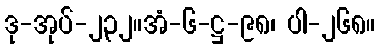
ဒု-အုပ်-၂၃၂။အံ-၆-ဋ္ဌ-၉၈၊ ပါ-၂၆၈။